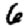
Digit: 6